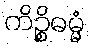
ကိဉ္စိဓမ္မံ